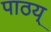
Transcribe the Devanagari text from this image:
पाठय्‌